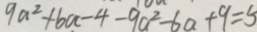
9 a ^ { 2 } + 6 a - 4 - 9 a ^ { 2 } - 6 a + 9 = 5